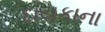
દાયકાના